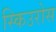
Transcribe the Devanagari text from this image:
स्किउरोस